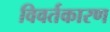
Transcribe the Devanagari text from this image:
विवर्तकारण